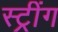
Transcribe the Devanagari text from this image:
स्ट्रींग